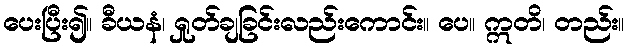
ပေးပြီး၍။ ခီယနံ၊ ရှုတ်ချခြင်းလည်းကောင်း။ ပေ။ ဣတိ၊ တည်း။